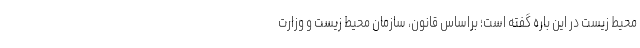
محیط زیست در این باره گفته است؛ براساس قانون، سازمان محیط زیست و وزارت